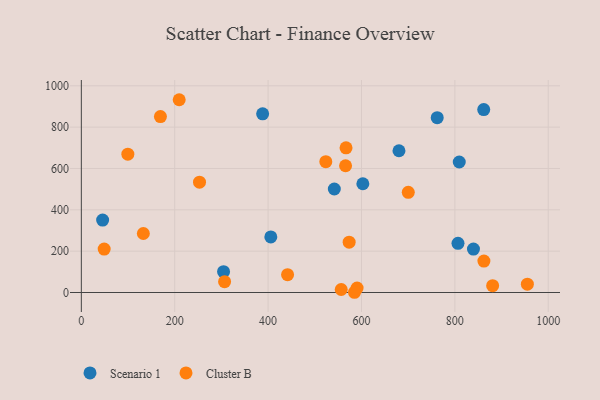
{"axis": {"x": "Experience", "y": "Rating"}, "legend": ["Cluster B", "Scenario 1"], "data": [{"x": "839.8", "y": 210.2, "type": "Scenario 1"}, {"x": "45.6", "y": 350.6, "type": "Scenario 1"}, {"x": "680.3", "y": 685.7, "type": "Scenario 1"}, {"x": "541.8", "y": 500.7, "type": "Scenario 1"}, {"x": "304.6", "y": 100.7, "type": "Scenario 1"}, {"x": "809.4", "y": 631.3, "type": "Scenario 1"}, {"x": "861.8", "y": 885.0, "type": "Scenario 1"}, {"x": "388.3", "y": 864.3, "type": "Scenario 1"}, {"x": "762.2", "y": 846.0, "type": "Scenario 1"}, {"x": "806.7", "y": 237.8, "type": "Scenario 1"}, {"x": "602.9", "y": 526.1, "type": "Scenario 1"}, {"x": "405.8", "y": 268.7, "type": "Scenario 1"}, {"x": "862.2", "y": 151.9, "type": "Cluster B"}, {"x": "880.9", "y": 33.1, "type": "Cluster B"}, {"x": "590.6", "y": 21.3, "type": "Cluster B"}, {"x": "99.6", "y": 669.0, "type": "Cluster B"}, {"x": "565.9", "y": 613.1, "type": "Cluster B"}, {"x": "700.2", "y": 484.6, "type": "Cluster B"}, {"x": "523.6", "y": 632.8, "type": "Cluster B"}, {"x": "955.3", "y": 40.3, "type": "Cluster B"}, {"x": "585.0", "y": 1.1, "type": "Cluster B"}, {"x": "441.7", "y": 86.4, "type": "Cluster B"}, {"x": "556.6", "y": 14.5, "type": "Cluster B"}, {"x": "48.9", "y": 210.2, "type": "Cluster B"}, {"x": "573.6", "y": 243.3, "type": "Cluster B"}, {"x": "169.4", "y": 851.0, "type": "Cluster B"}, {"x": "566.9", "y": 700.1, "type": "Cluster B"}, {"x": "306.8", "y": 52.4, "type": "Cluster B"}, {"x": "132.8", "y": 285.5, "type": "Cluster B"}, {"x": "209.6", "y": 932.6, "type": "Cluster B"}, {"x": "253.1", "y": 533.9, "type": "Cluster B"}]}